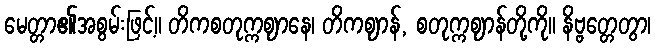
မေတ္တာ၏အစွမ်းဖြင့်။ တိကစတုက္ကဈာနေ၊ တိကဈာန်, စတုက္ကဈာန်တို့ကို။ နိဗ္ဗတ္တေတွာ၊